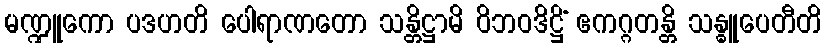
မဏ္ဍူကော ပဒဟတိ ပေါရာဏတော သန္တိဋ္ဌာမိ ဝိဘဝဒိဋ္ဌိံ ဧကဂ္ဂတန္တိ သန္ဓူပေတီတိ